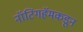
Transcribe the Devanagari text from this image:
नॉटिंगहॅमकडून